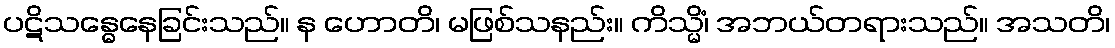
ပဋိသန္ဓေနေခြင်းသည်။ န ဟောတိ၊ မဖြစ်သနည်း။ ကိသ္မိံ၊ အဘယ်တရားသည်။ အသတိ၊